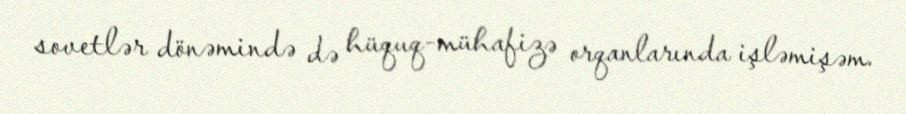
sovetlər dönəmində də hüquq-mühafizə orqanlarında işləmişəm.